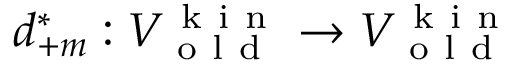
d _ { + m } ^ { * } : V _ { \mathrm { ~ o ~ l ~ d ~ } } ^ { \mathrm { ~ k ~ i ~ n ~ } } \to V _ { \mathrm { ~ o ~ l ~ d ~ } } ^ { \mathrm { ~ k ~ i ~ n ~ } }